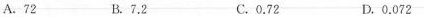
A. 72 B. 7.2 C. 0.72 D. 0.072